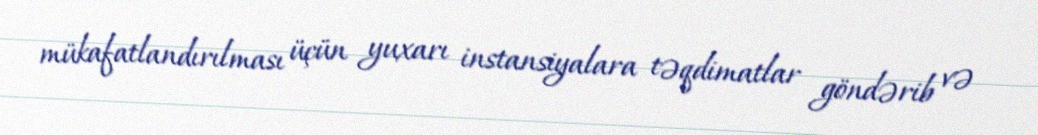
mükafatlandırılması üçün yuxarı instansiyalara təqdimatlar göndərib və